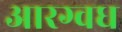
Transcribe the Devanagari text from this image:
आरग्वध